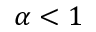
\alpha < 1